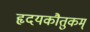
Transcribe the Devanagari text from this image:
हृदयकौतुकम्‌